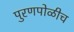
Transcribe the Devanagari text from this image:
पुरणपोळीच